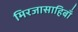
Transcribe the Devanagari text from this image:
मिरजासाहिबाँ